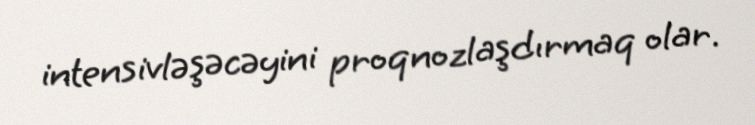
intensivləşəcəyini proqnozlaşdırmaq olar.